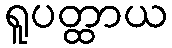
ရူပတ္ထာယ